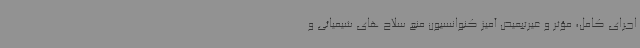
اجرای کامل، مؤثر و غیرتبعیض آمیز کنوانسیون منع سلاح های شیمیائی و